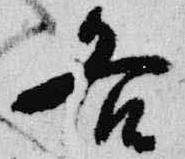
各